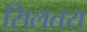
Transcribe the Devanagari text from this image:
सिलतरा